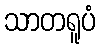
သာတရူပံ